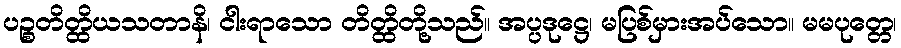
ပဉ္စတိတ္ထိယသတာနိ၊ ငါးရာသော တိတ္ထိတို့သည်။ အပ္ပဒုဋ္ဌေ၊ မပြစ်မှားအပ်သော။ မမပုတ္တေ၊